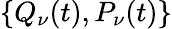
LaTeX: \{ Q_{\nu}(t),P_{\nu}(t)\}